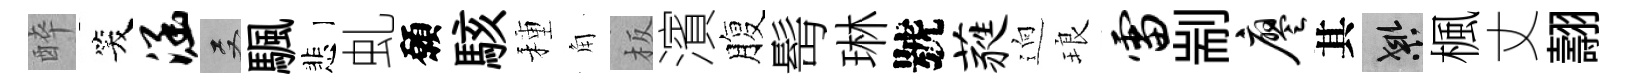
醉笑涵双颿悲虬願駭種角板濱腹髩琳號蕤逈琅雷剬廖其良楓丈翿